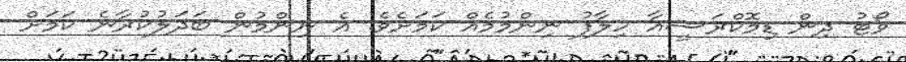
ވޯޓު ދިން ޑިމޮކްރަސީއާ ހިލާފު ނިންމުމެއް ކަމަށެވެ. އެ ނިންމުން ބަދަލުކުރާނެ ކަމަށް